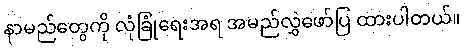
နာမည်တွေကို လုံခြုံရေးအရ အမည်လွှဲဖော်ပြ ထားပါတယ်။